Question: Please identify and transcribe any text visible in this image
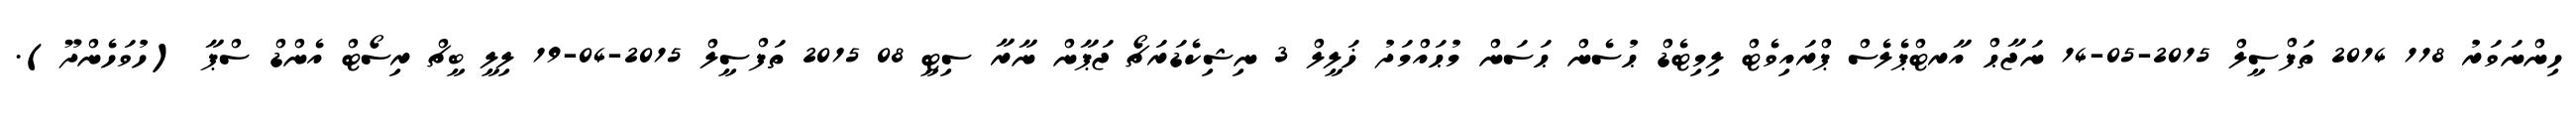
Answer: ހިންނަވަރު 118 2014 ތަފްސީލް 2015-05-14 ނަޖާޙް އާރޓްޕެލެސް ޕްރައިވެޓް ލިމިޓެޑް ޙުސެން ޙަސަން މުޙައްމަދު ޚަލީލް 3 ނިޝިކެޑަރަޗޯ ޖަޕާން ނާރާ ސިޓީ 08 2015 ތަފްސީލް 2015-04-19 ލިލީ ބީޗް ރިސޯޓް އެންޑް ސްޕާ (ހުވަހެންދޫ).